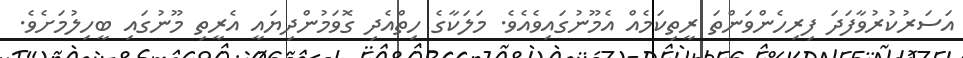
އަސަރުކުރުވާފަދަ ފިރިހެންވަންތަ ރީތިކަމެއް އެމޫނުގައިވެއެވެ. މަލަކާގެ ހިތްއެދި ގޮވަމުންދިޔައީ އެރީތި މޫނުގައި ބީހިލުމަށެވެ.